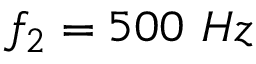
f _ { 2 } = 5 0 0 ~ H z